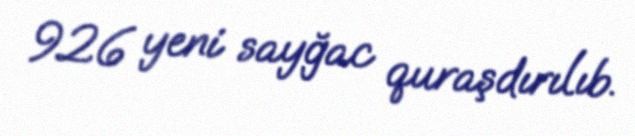
926 yeni sayğac quraşdırılıb.